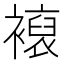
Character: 𧝘